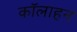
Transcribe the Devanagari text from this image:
कॉलाहन